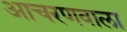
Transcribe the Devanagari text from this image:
आचरणवाला